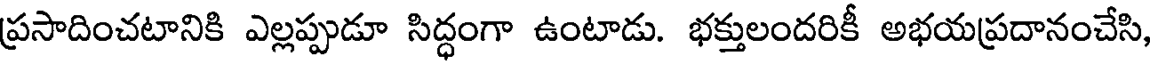
ప్రసాదించటానికి ఎల్లప్పుడూ సిద్ధంగా ఉంటాడు. భక్తులందరికీ అభయప్రదానంచేసి,